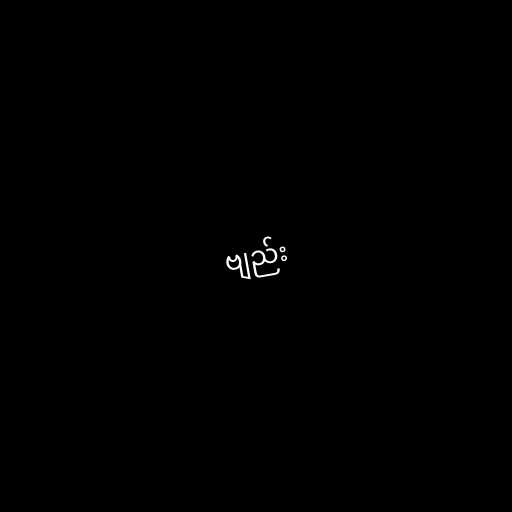
ဗျည်း